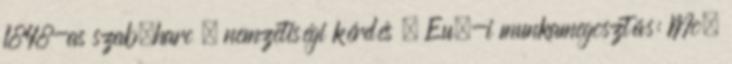
1848-as szab.harc – nemzetiségi kérdés . Eu.-i munkamegosztás: Mo.